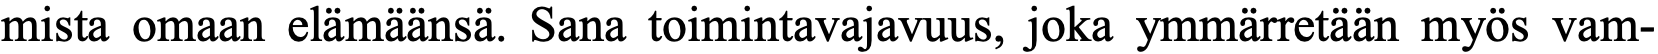
mista omaan elämäänsä. Sana toimintavajavuus, joka ymmärretään myös vam-